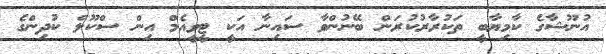
އުނޫޝާގެ ކާމިޔާބީ ތަކުރާރުކުރަން ބޭނުންވާ ސައިނާ އަކީ ޓީވީއެމް އިން ސްކޫލް ކުދިންގެ